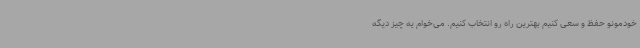
خودمونو حفظ و سعی کنیم بهترین راه رو انتخاب کنیم. می‌خوام یه چیز دیگه